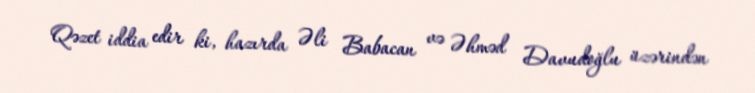
Qəzet iddia edir ki, hazırda Əli Babacan və Əhməd Davudoğlu üzərindən